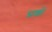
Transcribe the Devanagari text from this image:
प्रशों